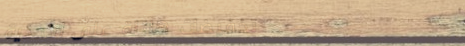
تخفيضات هائلة على الأحذية